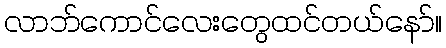
လာဘ်ကောင်လေးတွေထင်တယ်နော်။